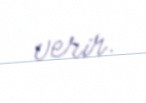
verir.